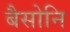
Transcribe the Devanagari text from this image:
बैसोनि